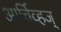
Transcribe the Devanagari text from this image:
आर्चिव्हज्